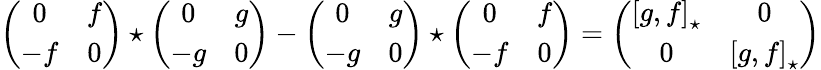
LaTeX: \left(\begin{array}{cc}{{0}}&{{f}}\\ {{-f}}&{{0}}\end{array}\right)\star\left(\begin{array}{cc}{{0}}&{{g}}\\ {{-g}}&{{0}}\end{array}\right)-\left(\begin{array}{cc}{{0}}&{{g}}\\ {{-g}}&{{0}}\end{array}\right)\star\left(\begin{array}{cc}{{0}}&{{f}}\\ {{-f}}&{{0}}\end{array}\right)=\left(\begin{array}{cc}{{\left[g,f\right]_{\star}}}&{{0}}\\ {{0}}&{{\left[g,f\right]_{\star}}}\end{array}\right)